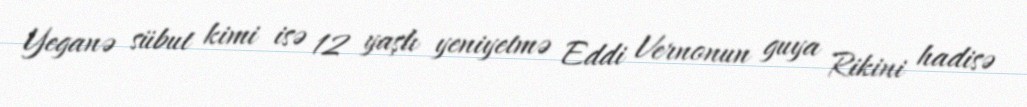
Yeganə sübut kimi isə 12 yaşlı yeniyetmə Eddi Vernonun guya Rikini hadisə